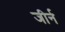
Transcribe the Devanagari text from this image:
जीर्न